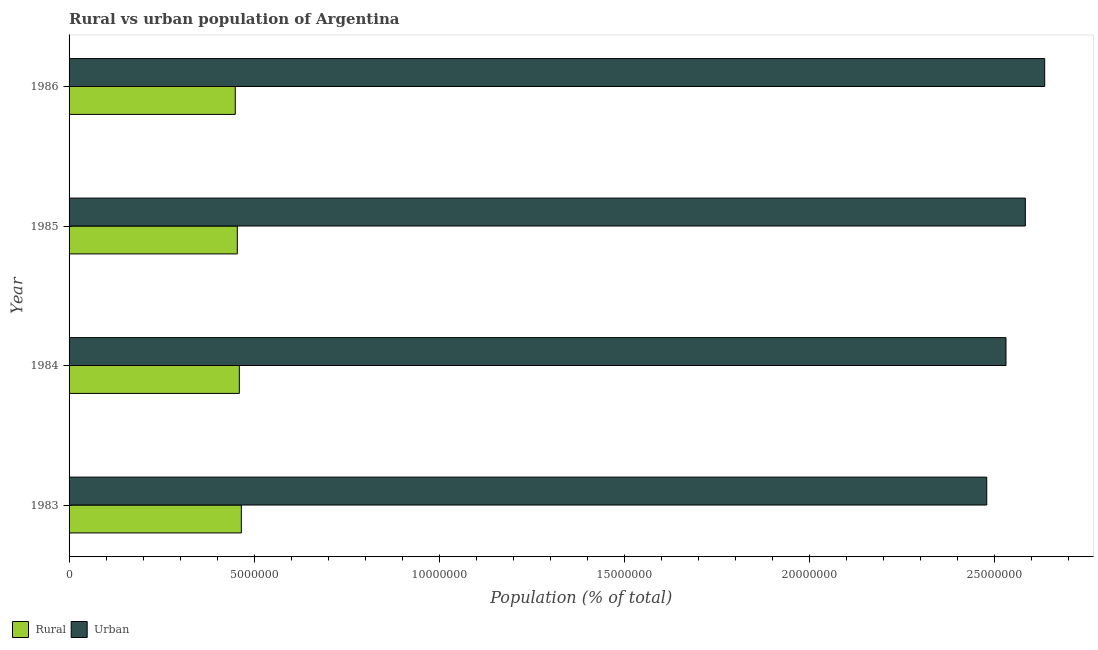
| Year | Rural | Urban |
 | --- | --- | --- |
 | 1983 | 4.66e+06 | 2.48e+07 |
 | 1984 | 4.6e+06 | 2.53e+07 |
 | 1985 | 4.55e+06 | 2.58e+07 |
 | 1986 | 4.49e+06 | 2.64e+07 |